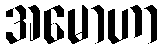
အမောဟာ